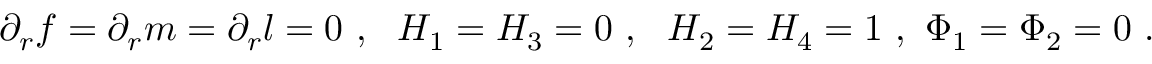
\partial _ { r } f = \partial _ { r } m = \partial _ { r } l = 0 \ , \ \ H _ { 1 } = H _ { 3 } = 0 \ , \ \ H _ { 2 } = H _ { 4 } = 1 \ , \ \Phi _ { 1 } = \Phi _ { 2 } = 0 \ .